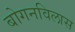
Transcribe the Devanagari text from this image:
बोगनविलास